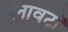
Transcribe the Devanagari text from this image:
वनावटों